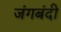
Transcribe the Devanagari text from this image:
जंगबंदी